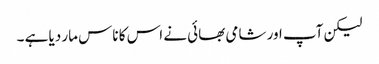
لیکن آپ اور شامی بھائی نے اس کا ناس مار دیا ہے ۔